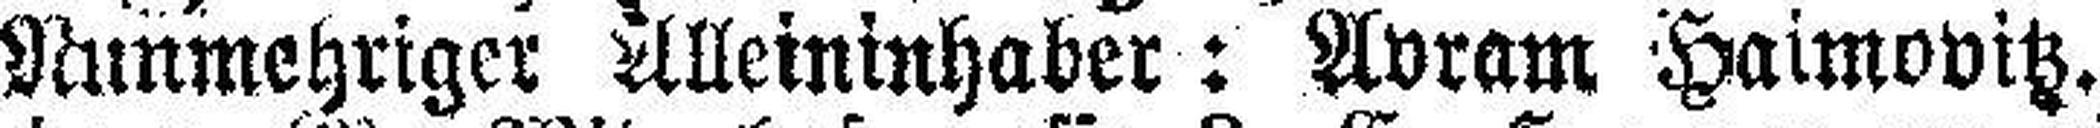
Runmehriger Alleininhaber: Avram Haimovitz.